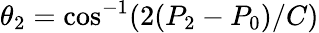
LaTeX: \theta_{2}=\mathrm{cos}^{-1}(2(P_{2}-P_{0})/C)